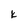
Character: k